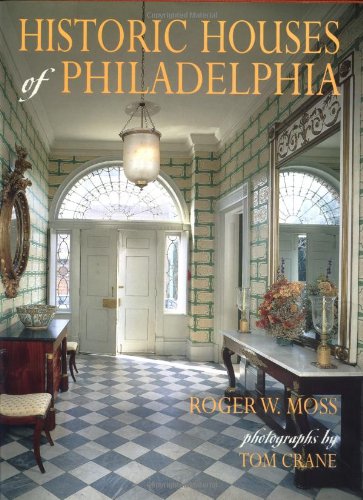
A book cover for Historic Houses of Philadelphia : A Tour of the Region's Museum Homes; Roger W. Moss; Arts & Photography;